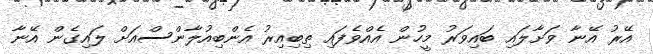
އޭރު އޭނާ ވަށާލައި ބައިވަރު މީހުން އެއްވެފައި ތިބިއިރު އެންބިއުލާންސްއަށް ލައިގެން އޭނާ